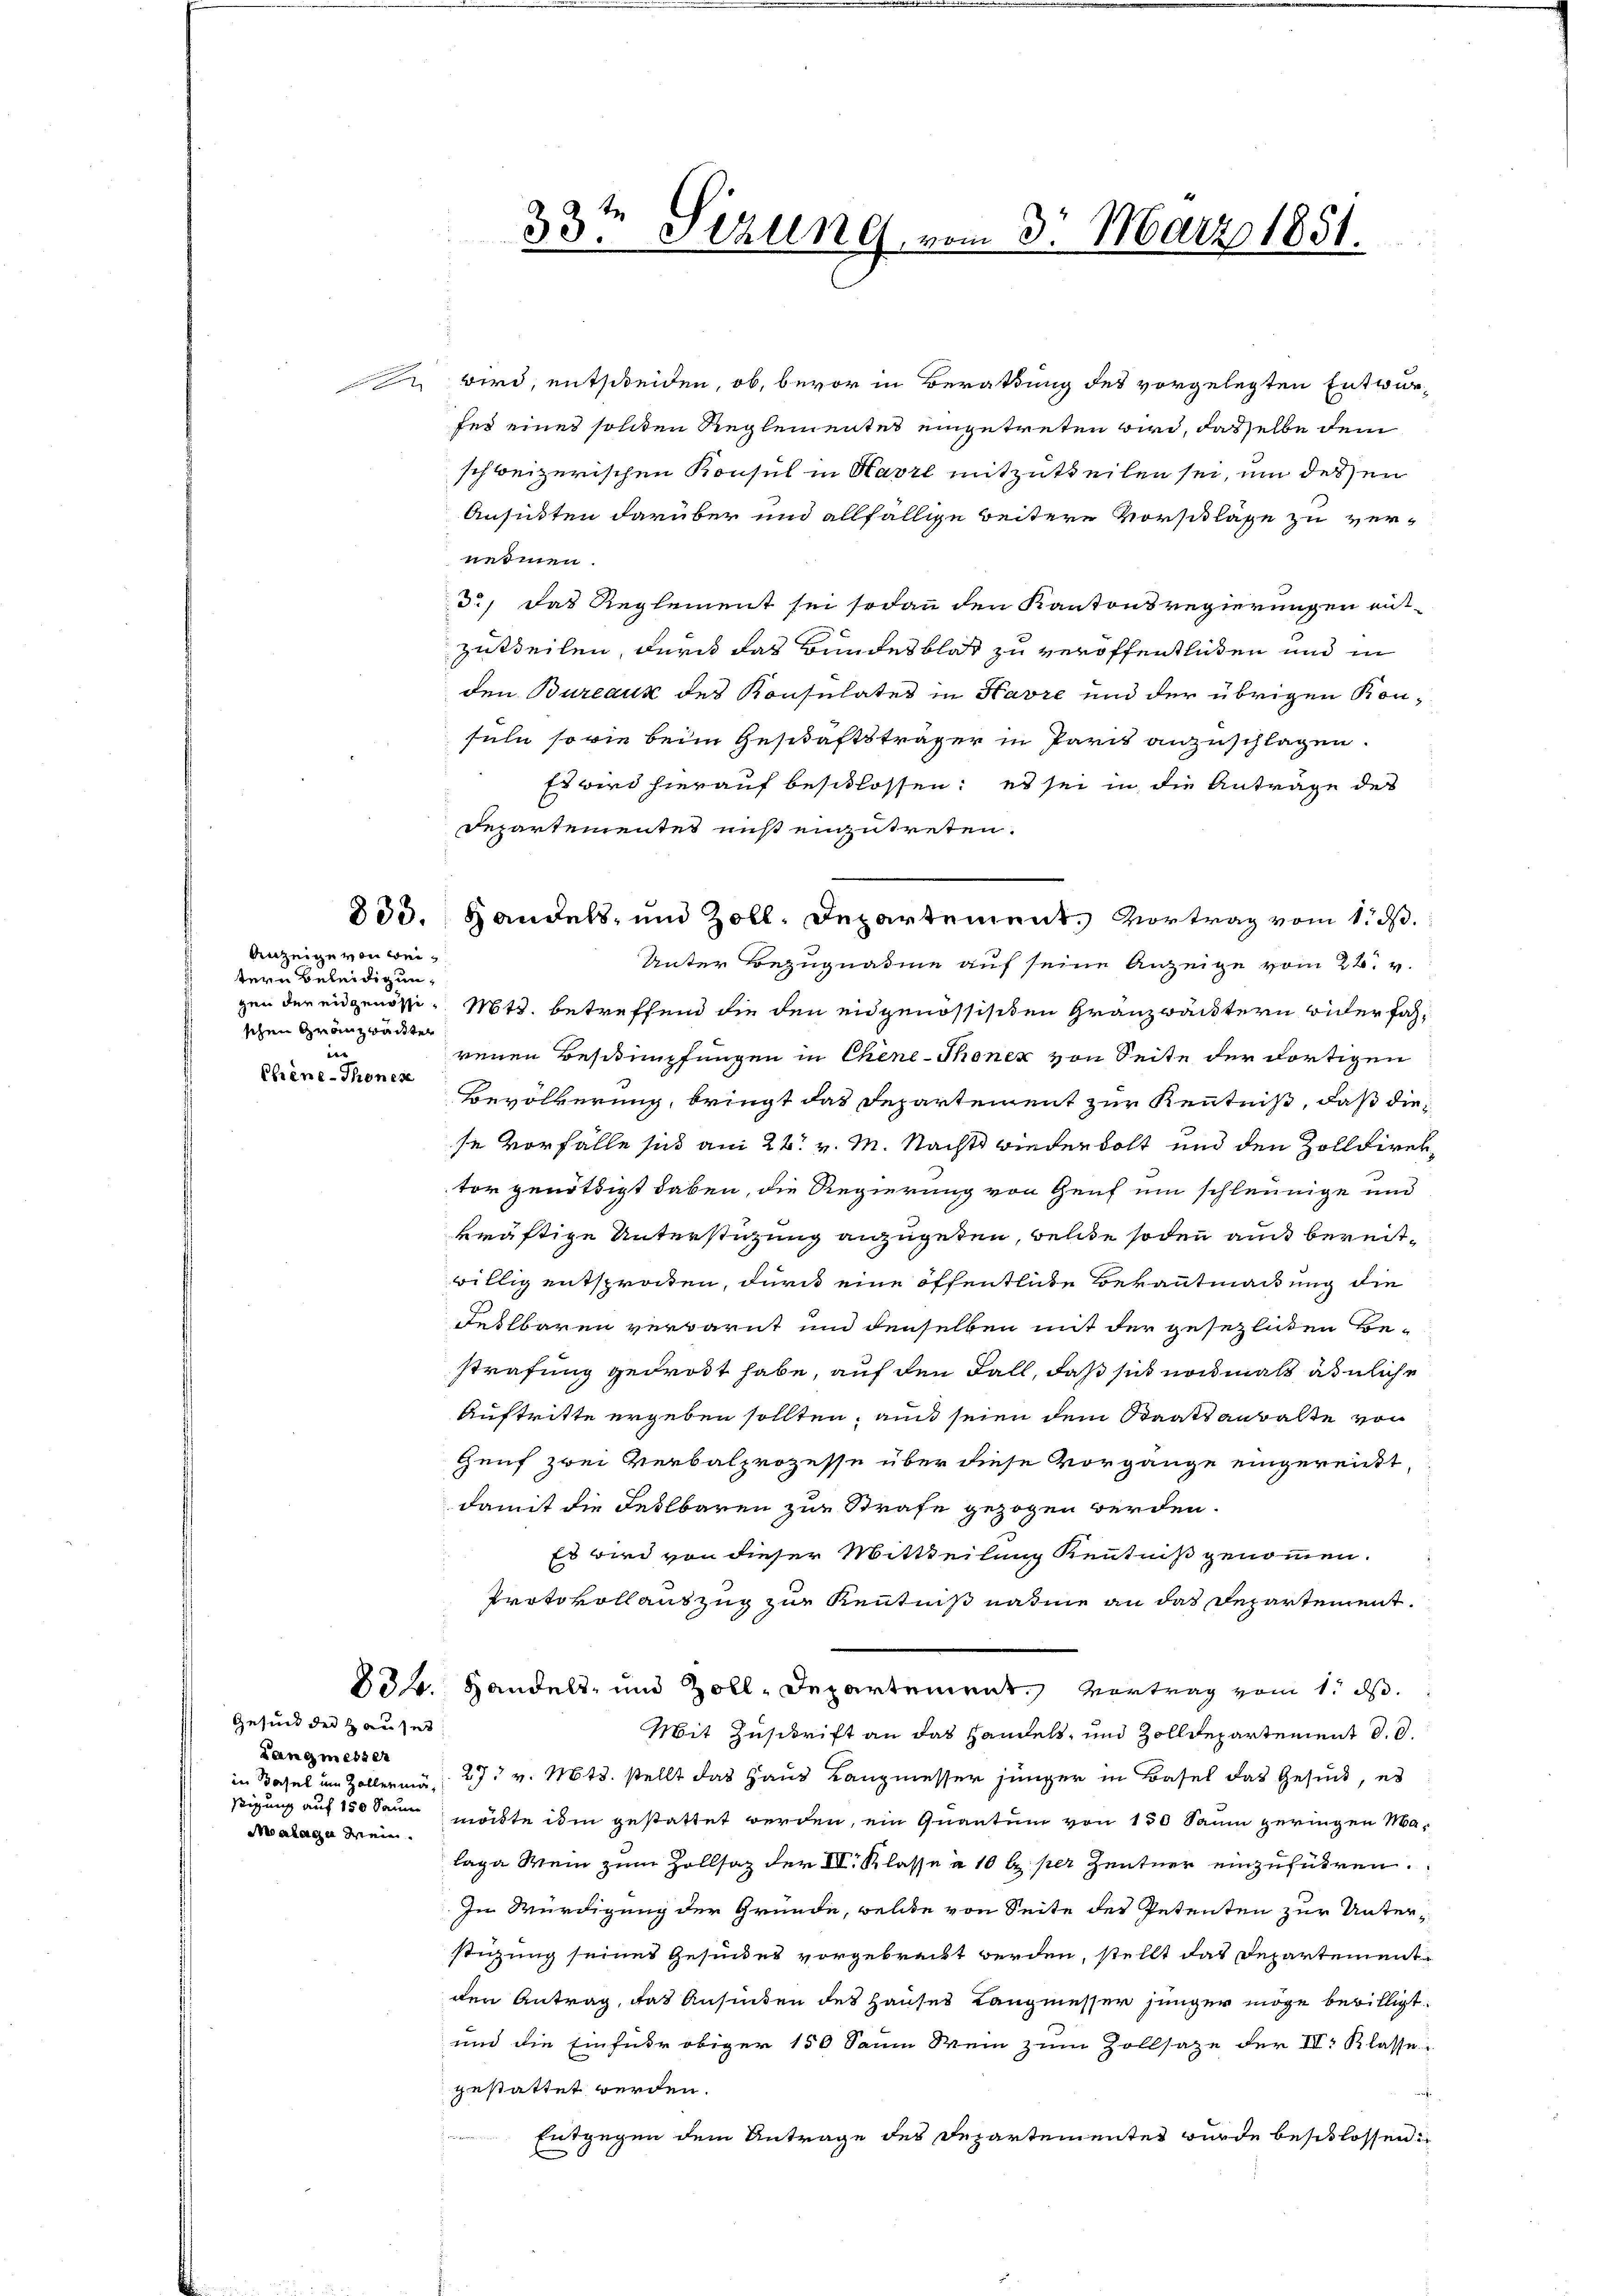
Anzeige von weitern Beleidigung
schen Gränzbadter
e
Chine-Thonen

Gesuch der Hauses
Langmesser
Moalage Mein.

schweizerischen Konsul in Havre mitzutheilen sei, um des en
Ansichten darüber und allfällige Beitere Vorschläge zu ver-
nehmen.
d., das Reglement sei sodann den Kantonsregierungen entzutheilen, durch das Bundesblat zu veröffentlichen und in
den Bureaux des Konsulates in Havre und der übrigen Konsüln so wie beim Geschäftsträger in Paris anzuschlagen.
Es wird hierauf beschlossen: es sei in die Anträge des
Departementet mißt einzutreten.
Unter Bezugnahme auf seine Anzeige vom 28. v.
gen der eidgenöss. Mts. betreffend die den eidgenössischen Granzbäcktern biderfahrenen Beschimpfungen in Chine-Thoner von Seite der dortigen
Bevölkerung, bringt das Departement zur Kenntniß, daß diese Vorfälle sich am 28. v. M. Nacht wiederholt und den Zolldirektor genöthigt haben, die Regierung von Genf um schleunige und
kräftige Unterstützung anzugeben, welche sodann auch bereitwillig entsprochten, durch eine öffentliche Bekanntmachung die
Festbaren verwarnt und denselben mit der gesezlichen Be-
strafung gedrost habe, auf den Fall, daß sich und mals ähnliche
Auftritte ergeben sollten, au seien dem Staatsanwalte von
Genf zwei Verbalprozesse über diese Vorgänge eingereitst
damit die Feilbaren zur Strafe gezogen werden.
Es wird von dieser Mittheilung Kenntniß genommen.
Protokollauszug zur Kenntniß nahme an das Departement.
834. Handels- und Zoll-Departement. Vertrag vom 1. ds.
Mit Zuschrift an das Handels- und Zolldepartement d. d.
in Basel um Zollerm 27. v. Mts. stellt das Haus Langmesser jünger in Basel das Gesuch, es
stigung auf 150 Sanen möchte ihm gestattet werden, ein Quantum von 150 Saum geringen Malage Wein zum Zollsaz der VII. Klasse à 10 l. per Zentner einzuführen.
In Würdigung der Gründe, welche von Seite des Petenten zur Unterstigung seines Gesindes vorgebrecht werden, stellt das Departement
den Antrag, das Ansieden des Hauses Langmesser jünger möge bewilligt.
und die Einfuhr obiger 150 Saum Wein zum Zollsaze der III. Klasse
gestattet werden.
Entgegen dem Antrage des Departementes wurde beschlossen:
n

33te Sezung, vom 3. März 1851.

wird, entscheiden, ob, bevor in Berathung des vorgelegten Entwurfür eines sollten Reglementes eingetreten wird, dasselbe dem

800. Handels- und Zoll-Departement. Vortrag vom 1. d.